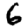
Digit: 6